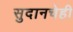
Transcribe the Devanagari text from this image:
सुदानचेही